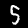
Label: 5